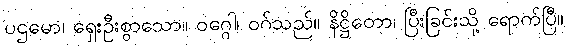
ပဌမော၊ ရှေးဦးစွာသော။ ဝဂ္ဂေါ၊ ဝဂ်သည်။ နိဋ္ဌိတော၊ ပြီးခြင်းသို့ ရောက်ပြီ။